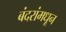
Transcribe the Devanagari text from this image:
बंदरांमधून